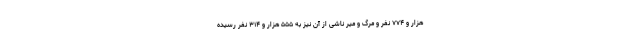
هزار و ۷۷۴ نفر و مرگ و میر ناشی از آن نیز به ۵۵۵ هزار و ۳۱۴ نفر رسیده